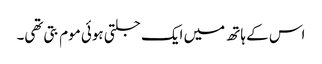
اس کے ہاتھ میں ایک جلتی ہوئی موم بتی تھی۔